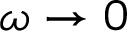
\omega \rightarrow 0